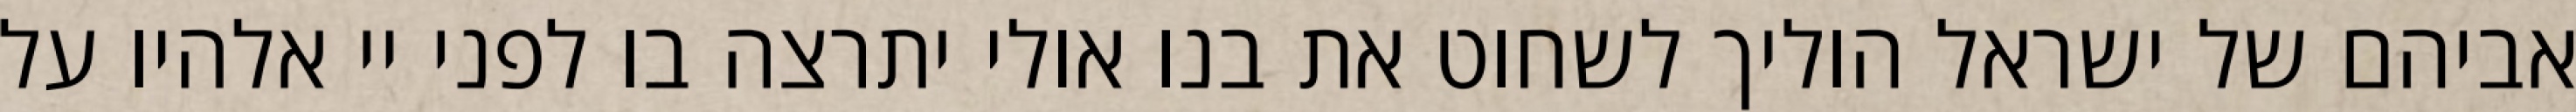
אביהם של ישראל הוליך לשחוט את בנו אולי יתרצה בו לפני יי אלהיו על